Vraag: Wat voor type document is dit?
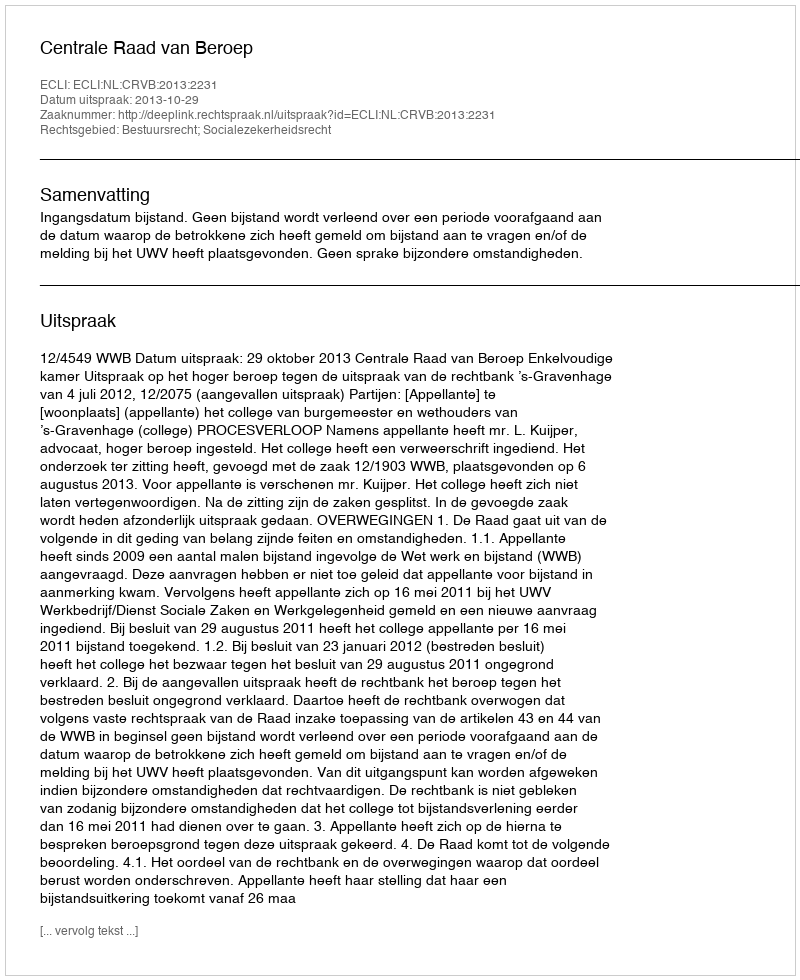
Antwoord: Uitspraak